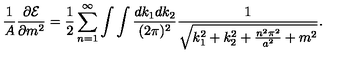
{ \frac { 1 } { A } } { \frac { \partial { \cal E } } { \partial m ^ { 2 } } } = { \frac { 1 } { 2 } } \sum _ { n = 1 } ^ { \infty } \int \int { \frac { d k _ { 1 } d k _ { 2 } } { ( 2 \pi ) ^ { 2 } } } { \frac { 1 } { \sqrt { k _ { 1 } ^ { 2 } + k _ { 2 } ^ { 2 } + { \frac { n ^ { 2 } \pi ^ { 2 } } { a ^ { 2 } } } + m ^ { 2 } } } } .